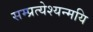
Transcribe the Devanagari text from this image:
सम्प्रत्येश्यन्मयि